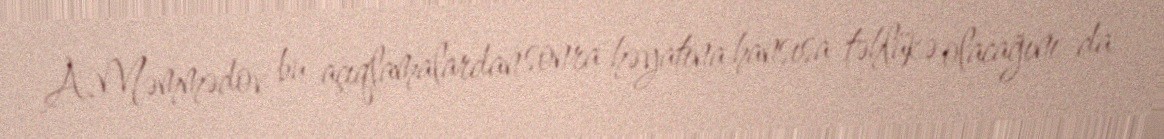
A.Məmmədov bu açıqlamalardan sonra həyatına hansısa təhlükə olacağını da